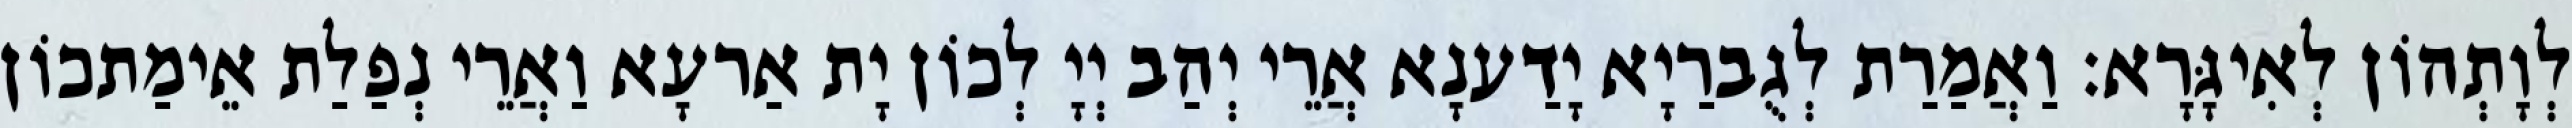
לְוָתְהוֹן לְאִיגָּרָא׃ וַאֲמַרַת לְגֻברַיָא יָדַענָא אֲרֵי יְהַב יְיָ לְכוֹן יָת אַרעָא וַאֲרֵי נְפַלַת אֵימַתכוֹן